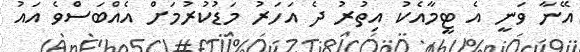
އޭނާ ވަނީ އެ ޓީމާއެކު އިތުރު ދެ އަހަރު މަޑުކުރުމަށް އެއްބަސްވެ އައު